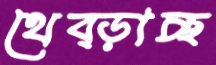
থেব্‌ড়াচ্ছ